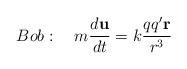
LaTeX: \begin{align*}Bob:\quad m\frac{d\mathbf{u}}{dt}=k\frac{qq^{\prime }\mathbf{r}}{r^3}\qquad\qquad \end{align*}